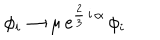
\phi _ { i } \rightarrow \mu \, \mathrm { e } ^ { \frac { 2 } { 3 } \, \mathrm { i } \, \alpha } \, \phi _ { i }